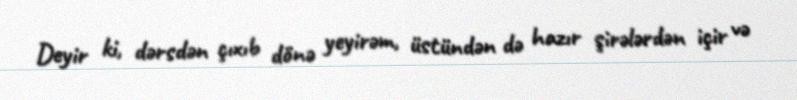
Deyir ki, dərsdən çıxıb dönə yeyirəm, üstündən də hazır şirələrdən içir və